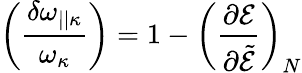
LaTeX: \left({\frac{\delta\omega_{||\kappa}}{\omega_{\kappa}}}\right)=1-\left({\frac{\partial{\cal E}}{\partial\tilde{\cal E}}}\right)_{N}